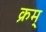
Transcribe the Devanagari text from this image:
क्रम्